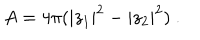
A = 4 \pi ( | z _ { 1 } | ^ { 2 } - | z _ { 2 } | ^ { 2 } ) \ .